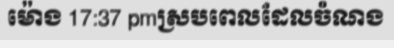
ម៉ោង 17:37 pmស្របពេលដែលចំណង